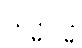
သဒ္ဓါဝုဒ္ဓိ